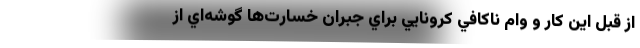
از قبل اين كار و وام ناكافي كرونايي براي جبران خسارت‌ها گوشه‌اي از